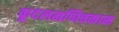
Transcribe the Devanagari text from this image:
कूदलमणिचकाम